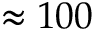
\approx 1 0 0